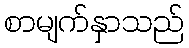
စာမျက်နှာသည်